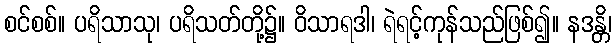
စင်စစ်။ ပရိသာသု၊ ပရိသတ်တို့၌။ ဝိသာရဒါ၊ ရဲရင့်ကုန်သည်ဖြစ်၍။ နဒန္တိ၊